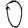
Digit: 0